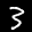
Label: 3